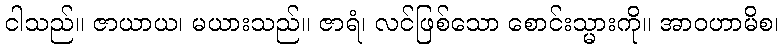
ငါသည်။ ဇာယာယ၊ မယားသည်။ ဇာရံ၊ လင်ဖြစ်သော စောင်းသ္မားကို။ အာဝဟာမိစ၊